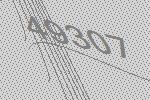
49307